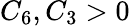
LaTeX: C_{6},C_{3}>0